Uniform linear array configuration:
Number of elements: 4
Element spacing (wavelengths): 0.5
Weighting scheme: binomial
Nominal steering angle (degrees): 45
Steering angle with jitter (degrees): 43.395
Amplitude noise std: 0.05
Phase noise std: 0.05

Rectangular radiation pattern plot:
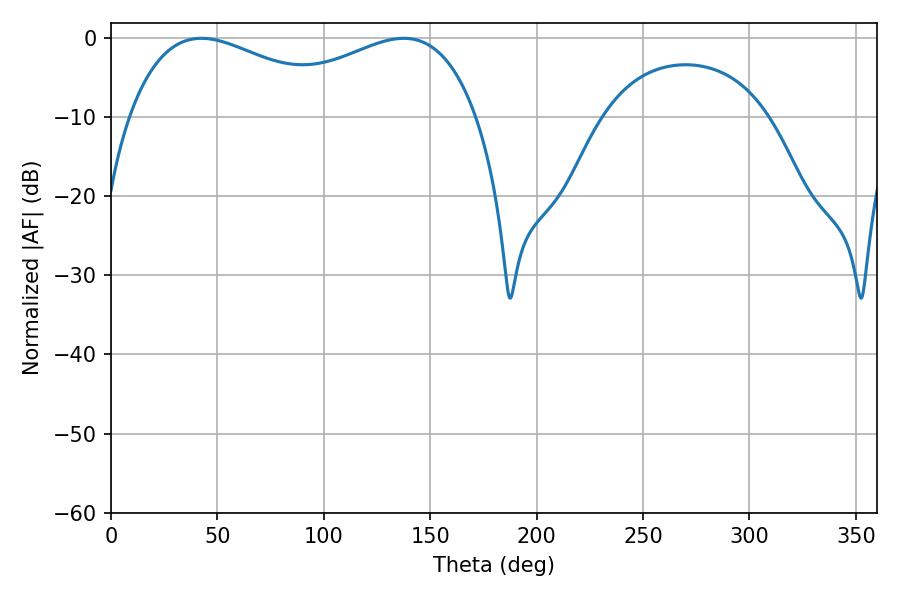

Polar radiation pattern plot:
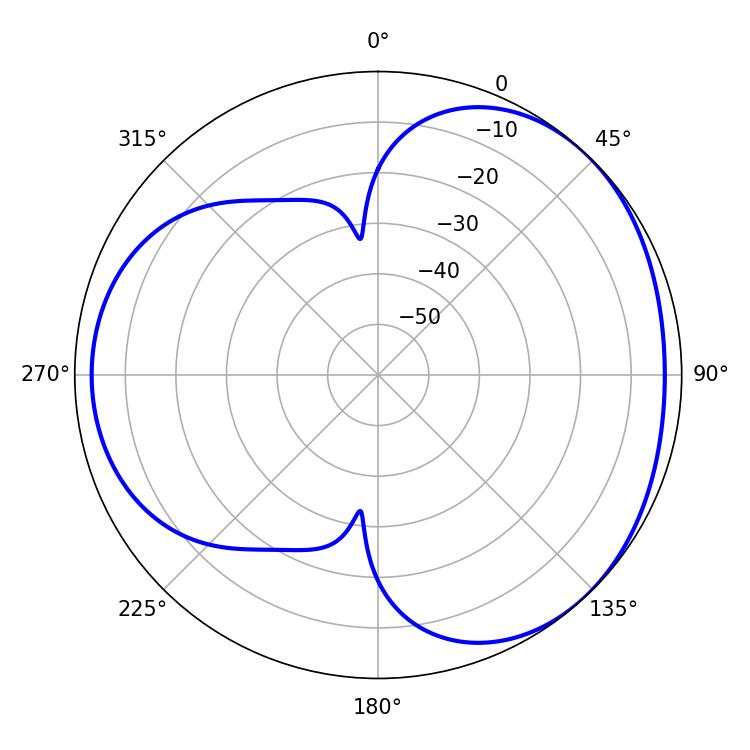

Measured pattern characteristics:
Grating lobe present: FALSE
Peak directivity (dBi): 3.37
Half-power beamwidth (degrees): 57.6
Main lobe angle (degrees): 42.48